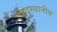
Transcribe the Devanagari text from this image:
तत्तद्स्थानीय